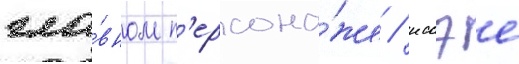
гла́вном п'ерсона́же / иссэе